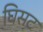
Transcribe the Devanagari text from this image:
घिसट